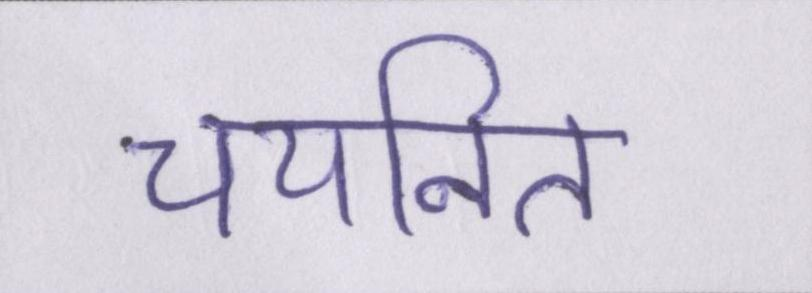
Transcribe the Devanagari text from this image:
चयनित